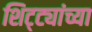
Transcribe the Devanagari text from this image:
शिट्ट्यांच्या